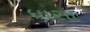
ધાસા